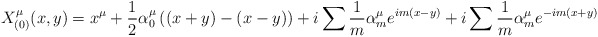
\begin{align*}X_{(0)}^{\mu }(x,y)=x^{\mu }+\frac{1}{2}\alpha _{0}^{\mu }\left((x+y)-(x-y)\right) +i\sum \frac{1}{m}\alpha _{m}^{\mu }e^{im(x-y)}+i\sum\frac{1}{m}\alpha _{m}^{\mu }e^{-im(x+y)}\end{align*}